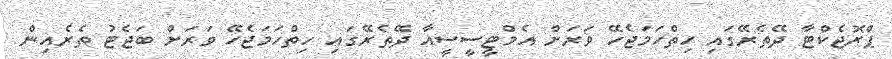
ޕްރޮޖެކްޓާ ދޭތެރޭގައި ހިތްހަމަޖެހޭ ވަރަށް އެމްޓީސީސީއާ ދޭތެރޭގައި ހިތްހަމަޖެހޭ ވަރަށް ބަޖެޓު ތެރެއިން